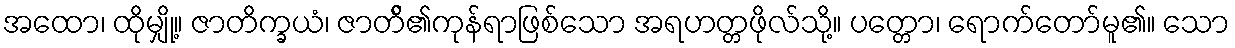
အထော၊ ထိုမျှို့။ ဇာတိက္ခယံ၊ ဇာတ်ိ၏ကုန်ရာဖြစ်သော အရဟတ္တဖိုလ်သို့။ ပတ္တော၊ ရောက်တော်မူ၏။ သော